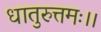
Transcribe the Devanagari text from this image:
धातुरुत्तमः।।